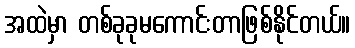
အထဲမှာ တစ်ခုခုမကောင်းတာဖြစ်နိုင်တယ်။